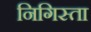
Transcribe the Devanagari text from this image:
निगिस्ता